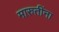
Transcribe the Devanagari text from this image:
मारुतींना